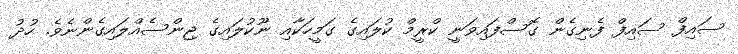
ސައިފް ސައިފް ފެނިގެން ގޮސްފައިވަނީ ކްރީމް ކުލައިގެ ގަމީހަކާއި ނޫކުލައިގެ ޖިންސެއްލައިގެންނެވެ. ހުދު